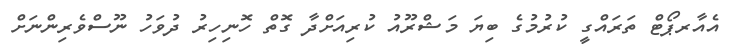
އެއާރޕޯޓް ތަރައްގީ ކުރުމުގެ ބިޔަ މަޝްރޫއު ކުރިއަށްދާ ގޮތް ހޮނިހިރު ދުވަހު ނޫސްވެރިންނަށް